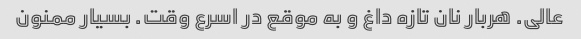
عالی. هربار نان تازه داغ و به موقع در اسرع وقت. بسیار ممنون